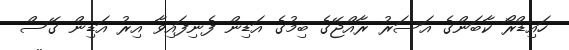
ހައިޑްރޯ ކާބަންގެ އަސަރު ރާއްޖޭގެ ބިމުގެ އަޑިން ފެނިފައިވާ އިރު އަޑިން ގޭސް